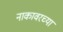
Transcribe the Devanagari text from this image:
नाकावरच्या